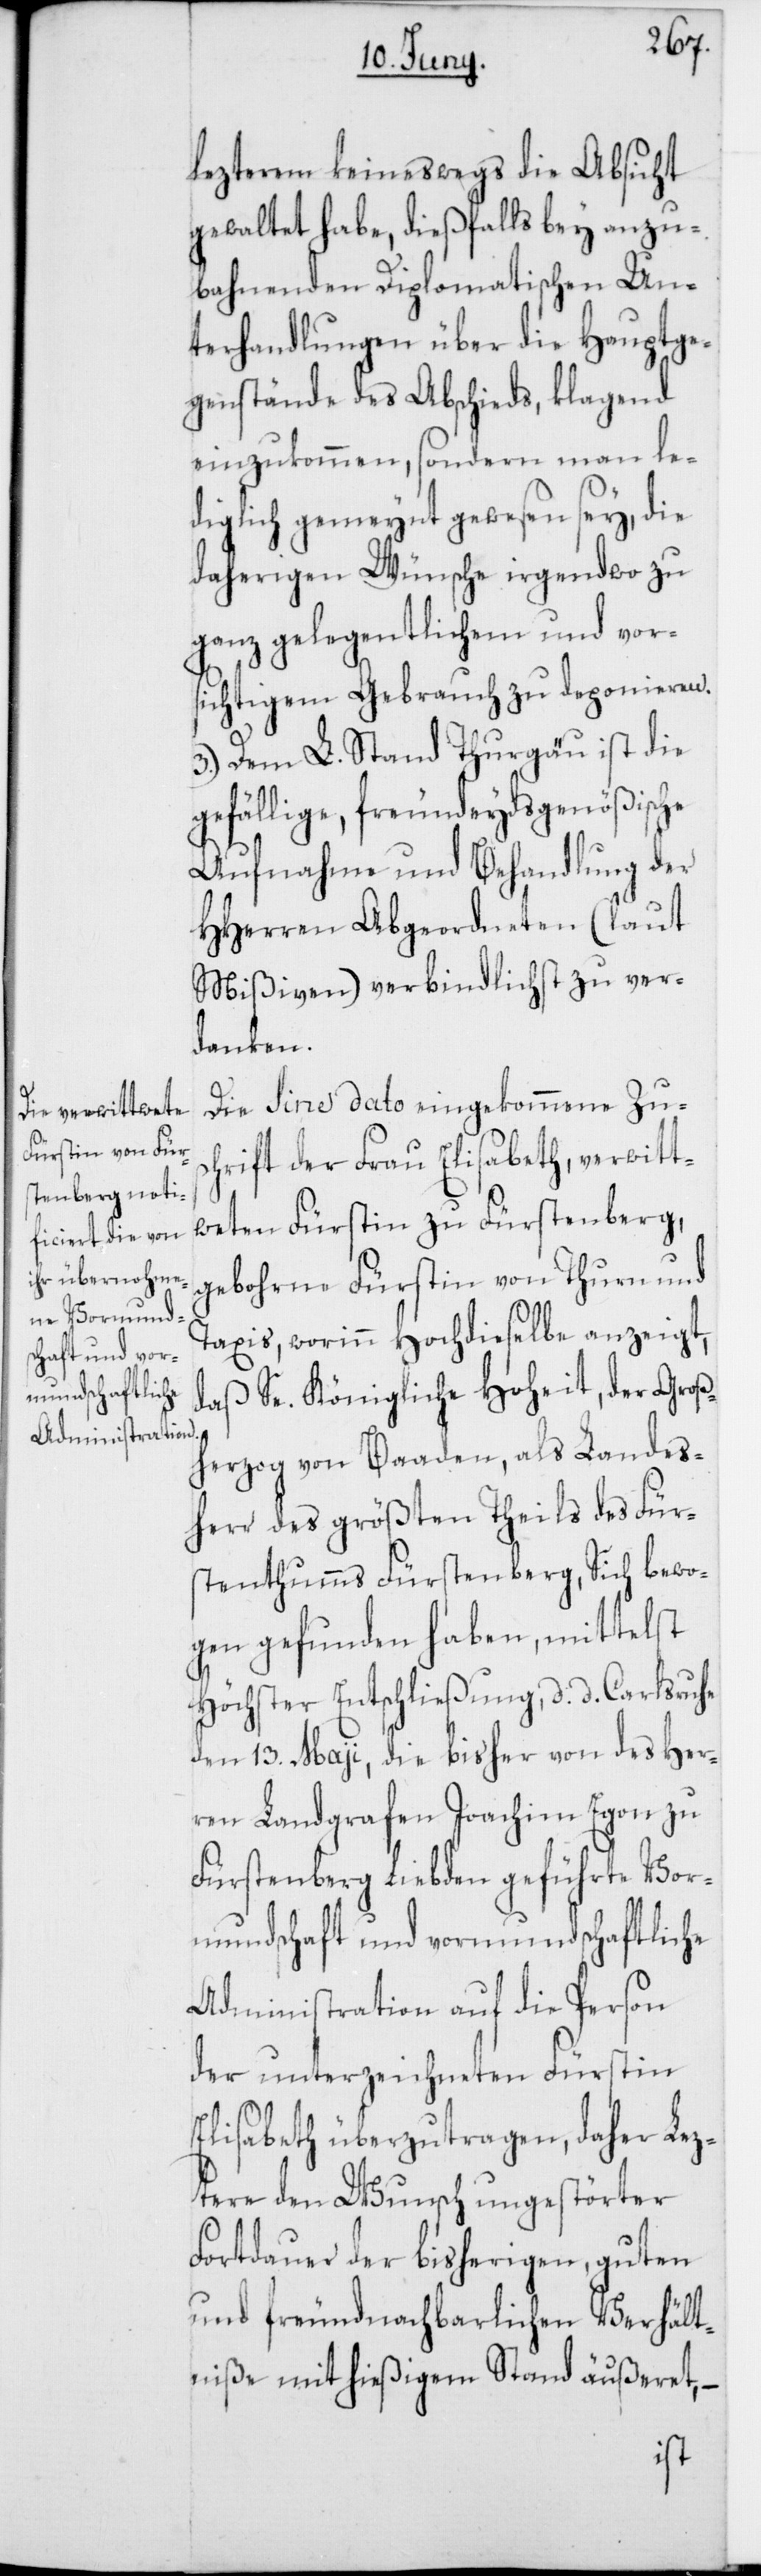
lezterem keineswegs die Absicht
gewaltet habe, dießfalls bey anzu¬
bahnenden Diplomatischen Un¬
terhandlungen über die Hauptge¬
genstände des Abschieds, klagend
einzukommen, sondern man le¬
diglich gemeint gewesen sey, die
daherigen Wünsche irgendwo zu
ganz gelegentlichem und vor¬
sichtigem Gebrauch zu deponieren.
3.) Dem L. Stand Thurgau ist die
gefällige, freundeydsgenößische
Aufnahme und Behandlung der
HHerren Abgeordneten (laut
Mißiven) verbindlichst zu ver¬
danken.
Die sine dato eingekommene Zus¬
chrift der Frau Elisabeth, verwitt¬
weten Fürstin zu Fürstenberg,
gebohrne Fürstin von Thurn und
Taxis, worinn Hochdieselbe anzeigt,
Se. Königliche Hoheit, der Groß¬
daß
herzog von Baaden, als Landes¬
herr des größten Theils des Für¬
stenthums Fürstenberg, Sich bewo¬
gen gefunden haben, mittelst
Höchster Entschließung, d. d. Carlsruhe
den 13. Maji, die bisher von des Her¬
ren Landgrafen Joachim Egon zu
Fürstenberg Liebden geführte Vor¬
mundschaft und vormundschaftliche
Administration auf die Person
der unterzeichneten Fürstin
Elisabeth überzutragen, daher Lez¬
tere den Wunsch ungestörter
Fortdauer der bisherigen, guten
und freundnachbarlichen Verhält¬
niße mit hießigem Stand äußeret,